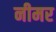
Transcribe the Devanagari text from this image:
नीमर